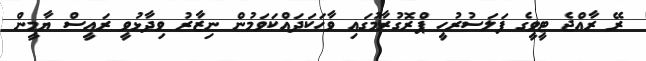
ރޭ ރާއްޖެ ޓީވީގެ ފަލަސުރުހީ ޕްރޮގުރާމުގައި ވާހަކަދައްކަވަމުން ނިޒާރު ވިދާޅުވީ ރައީސް ޔާމީން